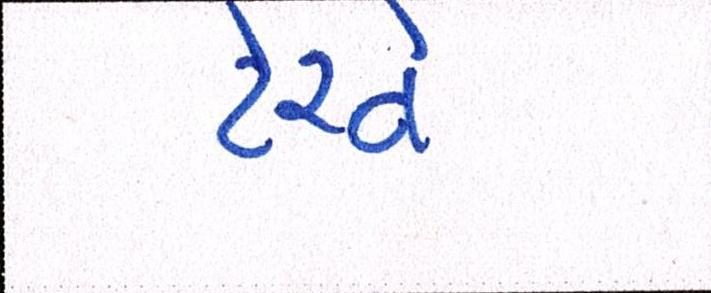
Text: ટેરવે